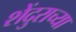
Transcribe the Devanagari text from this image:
शेंदुराच्या